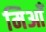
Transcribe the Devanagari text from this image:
मिआँ